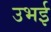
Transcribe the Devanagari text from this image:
उभई